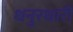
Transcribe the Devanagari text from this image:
धनुरधारी